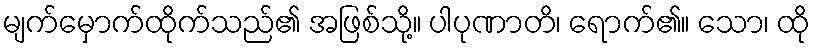
မျက်မှောက်ထိုက်သည်၏ အဖြစ်သို့။ ပါပုဏာတိ၊ ရောက်၏။ သော၊ ထို